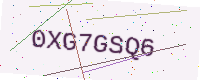
Text: 0XG7GSQ6